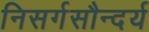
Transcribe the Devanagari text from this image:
निसर्गसौन्दर्य